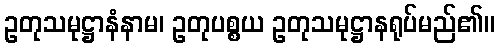
ဥတုသမုဋ္ဌာနံနာမ၊ ဥတုပစ္စယ ဥတုသမုဋ္ဌာနရုပ်မည်၏။